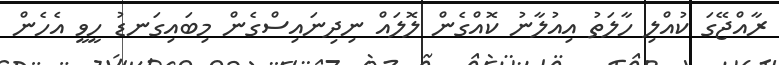
ރާއްޖޭގަ ކުއްލި ހާލަތު އިއުލާނު ކޮއްގެން ލޮލައް ނިދިނައިސްގެން މިބައިގަނޑު ހީވީ އެހެން